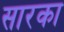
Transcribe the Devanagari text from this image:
सारका